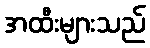
အထီးများသည်